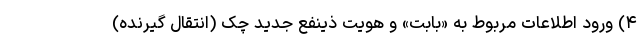
۴) ورود اطلاعات مربوط به «بابت» و هویت ذینفع جدید چک (انتقال گیرنده)